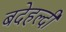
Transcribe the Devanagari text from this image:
बदेहल्दी